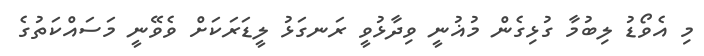
މި އެވޯޑު ލިބުމާ ގުޅިގެން މުޣުނީ ވިދާޅުވީ ރަނގަޅު ލީޑަރަކަށް ވެވޭނީ މަސައްކަތުގެ